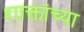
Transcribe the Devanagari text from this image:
शाक्तांच्या